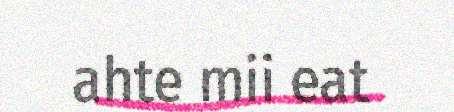
ahte mii eat